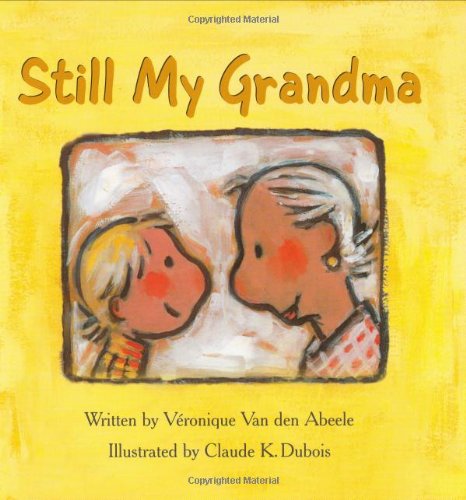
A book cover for Still My Grandma; Vronique Van den Abeele; Parenting & Relationships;